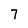
Character: 7